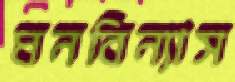
ঘনবিন্যাস